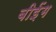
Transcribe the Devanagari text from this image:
बीईंग